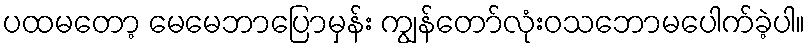
ပထမတော့ မေမေဘာပြောမှန်း ကျွန်တော်လုံးဝသဘောမပေါက်ခဲ့ပါ။